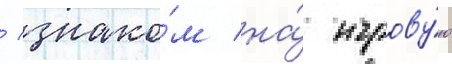
/ знако́м на́ игрову́ю